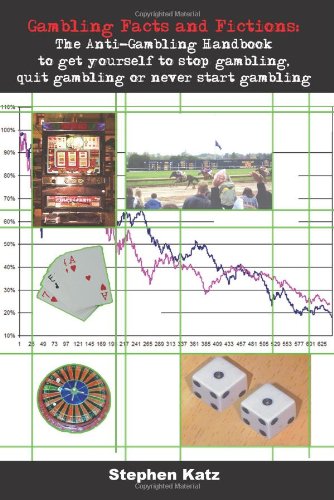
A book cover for Gambling Facts and Fictions: The Anti-Gambling Handbook to get yourself to stop gambling, quit gambling or never start gambling; Stephen Katz; Health, Fitness & Dieting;